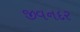
જીવનદર